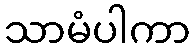
သာမံပါကာ